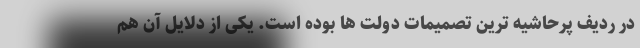
در ردیف پرحاشیه ترین تصمیمات دولت ها بوده است. یکی از دلایل آن هم